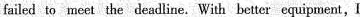
failed to meet the deadline.With better equipment,I